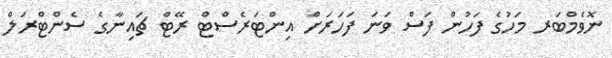
ނޮވެމްބަރ މަހުގެ ފަހުން ފަސް ވަނަ ފަހަރަށް އިންޓަރެސްޓް ރޭޓް ޗައިނާގެ ސެންޓްރަލް